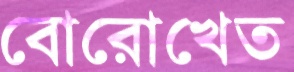
বোরোখেত